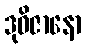
ဒုဝိဇာနော